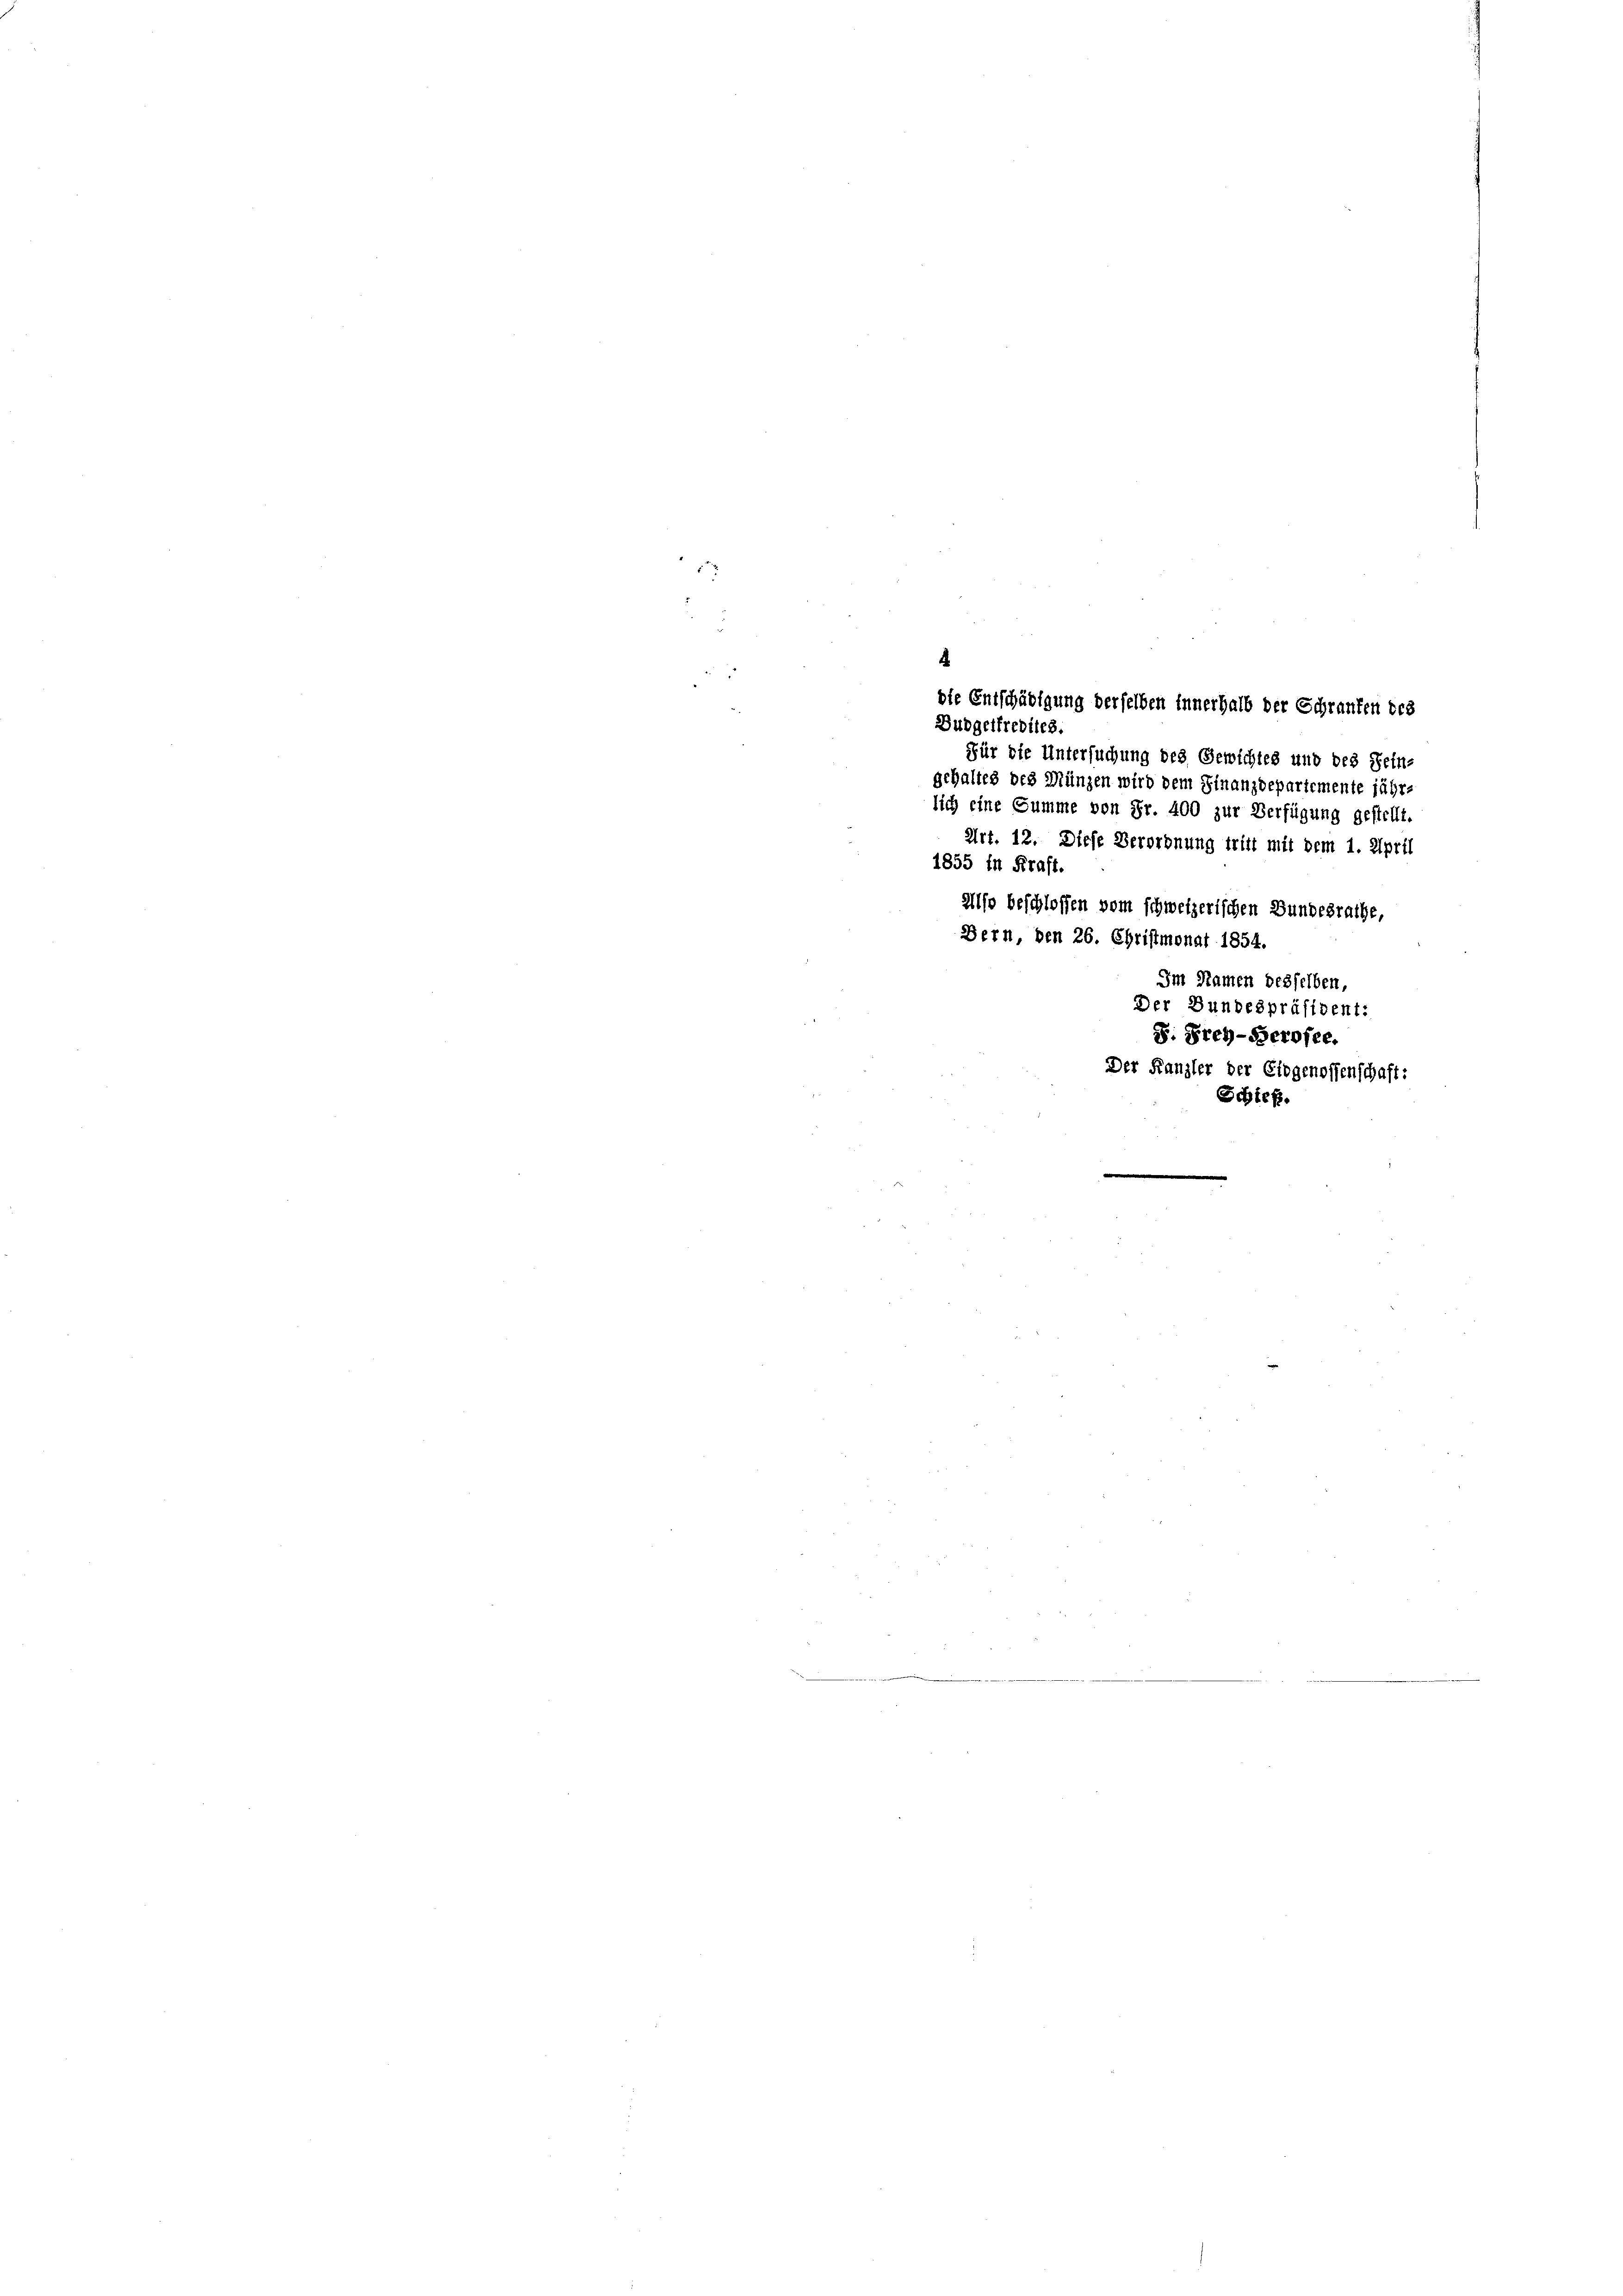
die Entschädigung derselben Innerhalb der Schranken des
Für die Untersuchung des Gewichtes und des Sein-
gehalten des Münzen wird dem Finanzdepartemente jähr-
lich eine Summe von Fr. 400 zur Verfügung gestellt.
Art. 12. Diese Verordnung tritt mit dem 1. April
1855 in Kraft.
Also beschlossen vom schweizerischen Bundesrathe,
Bern, den 26. Christmonat 1854.
Im Namen besselben,

.
Dudgetkredites.

Der Bundespräsident:
S. Frey-Serofee.
Der Kanzler der Eidgenossenschaft:
Schieß.